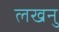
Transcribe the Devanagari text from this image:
लखनु